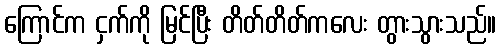
ကြောင်က ငှက်ကို မြင်ပြီး တိတ်တိတ်ကလေး တွားသွားသည်။